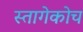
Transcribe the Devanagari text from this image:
स्तागेकोच